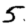
Digit: 5